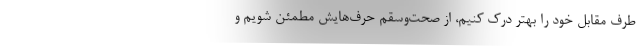
طرف مقابل خود را بهتر درک کنیم، از صحت‌وسقم حرف‌هایش مطمئن شویم و